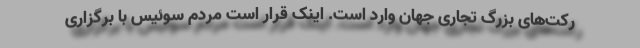
رکت‌های بزرگ تجاری جهان وارد است. اینک قرار است مردم سوئیس با برگزاری